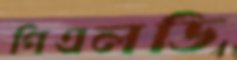
পিএলডি